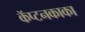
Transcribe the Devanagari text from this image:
कॅप्टनकाका